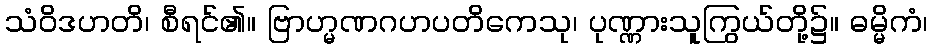
သံဝိဒဟတိ၊ စီရင်၏။ ဗြာဟ္မဏဂဟပတိကေသု၊ ပုဏ္ဏားသူကြွယ်တို့၌။ ဓမ္မိကံ၊